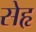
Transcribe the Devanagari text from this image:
सेहृ